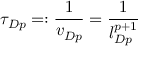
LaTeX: \tau _ { D p } = : \frac { 1 } { v _ { D p } } = \frac { 1 } { l _ { D p } ^ { p + 1 } }